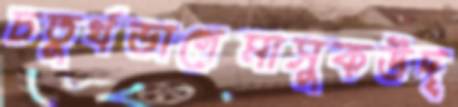
চতুর্থভাগেমাসুকউদ্